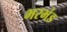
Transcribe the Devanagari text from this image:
भरभंड